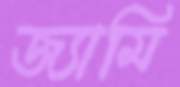
জ্যামি